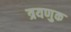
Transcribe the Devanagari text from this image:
त्रयणुक